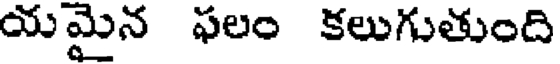
యమైన ఫలం కలుగుతుంది